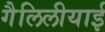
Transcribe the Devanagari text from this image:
गैलिलीयाई